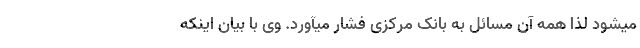
میشود لذا همه آن مسائل به بانک مرکزی فشار میآورد. وی با بیان اینکه